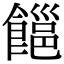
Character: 𩝹